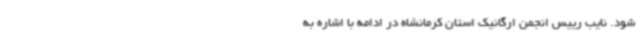
شود. نایب رییس انجمن ارگانیک استان کرمانشاه در ادامه با اشاره به